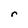
Character: r